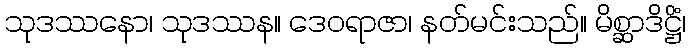
သုဒဿနော၊ သုဒဿန။ ဒေဝရာဇာ၊ နတ်မင်းသည်။ မိစ္ဆာဒိဋ္ဌိံ၊